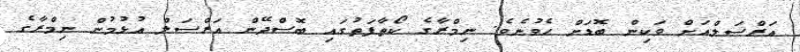
އަރްސަލްއަށް ވަކިން ބޮޑަށް ހެވުނެވެ. ނިމްރާގެ ކޯތާފަތުގައި ބޮސްދޭން އަރްސަލް އުޅުމުން ނިމްރާގެ